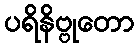
ပရိနိဗ္ဗုတော